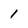
Character: 1